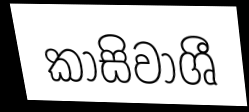
කාසිවාශී